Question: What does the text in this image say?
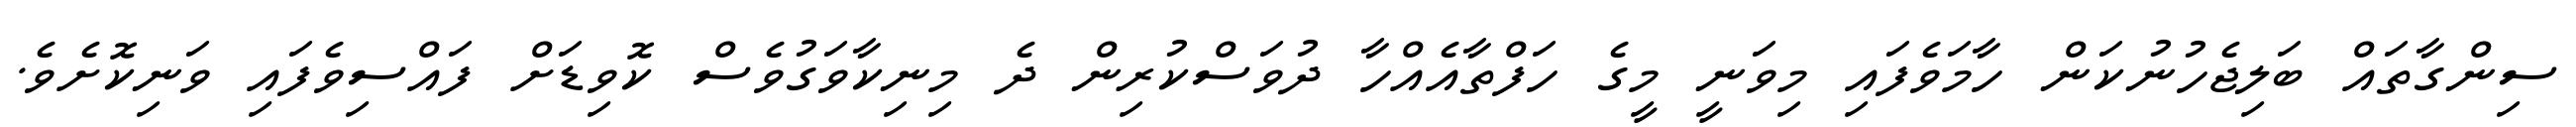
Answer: ސިންގާތައް ބަލިޖެހުނުކަން ހާމަވެފައި މިވަނީ މީގެ ހަފްތާއެއްހާ ދުވަސްކުރިން ދެ މިނިކާވަގުވެސް ކޮވިޑަށް ފައްސިވެފައި ވަނިކޮށެވެ.